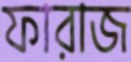
ফারাজ